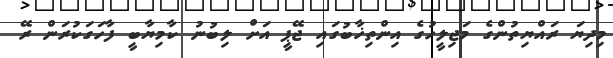
މިދިޔަ ރައްޔިތުންގެ މަޖިލީހުގެ އިންތިޚާބުގައި ޖޭޕީ އަށް ލިބުނު ކާމިޔާބީ ފާހަގަކުރަން ރޭ